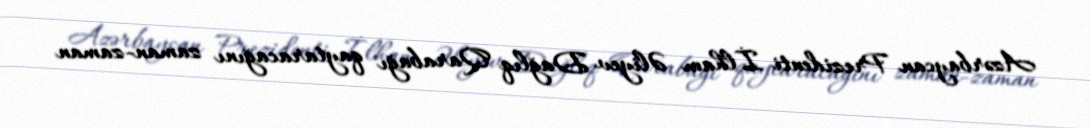
Azərbaycan Prezidenti İlham Əliyev Dağlıq Qarabağı qaytaracağını zaman-zaman